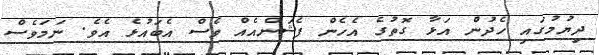
ދިޔުމުގައި ހެދުން އަޅާ ގޮތުގެ އެހެން ފެޝަންއެއް ވެސް އެބައުޅެ އެވެ. ނަމަވެސް